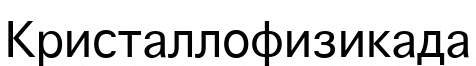
Кристаллофизикада